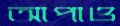
আপাও